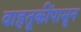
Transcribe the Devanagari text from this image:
वाहतूकींपासून